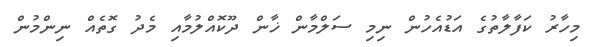
މިހާރު ކަފާލާތުގެ އަޑުއެހުން ނިމި ސަލްމާން ޚާން ދޫކޮއްލުމާއި މެދު ގޮތެއް ނިންމުން